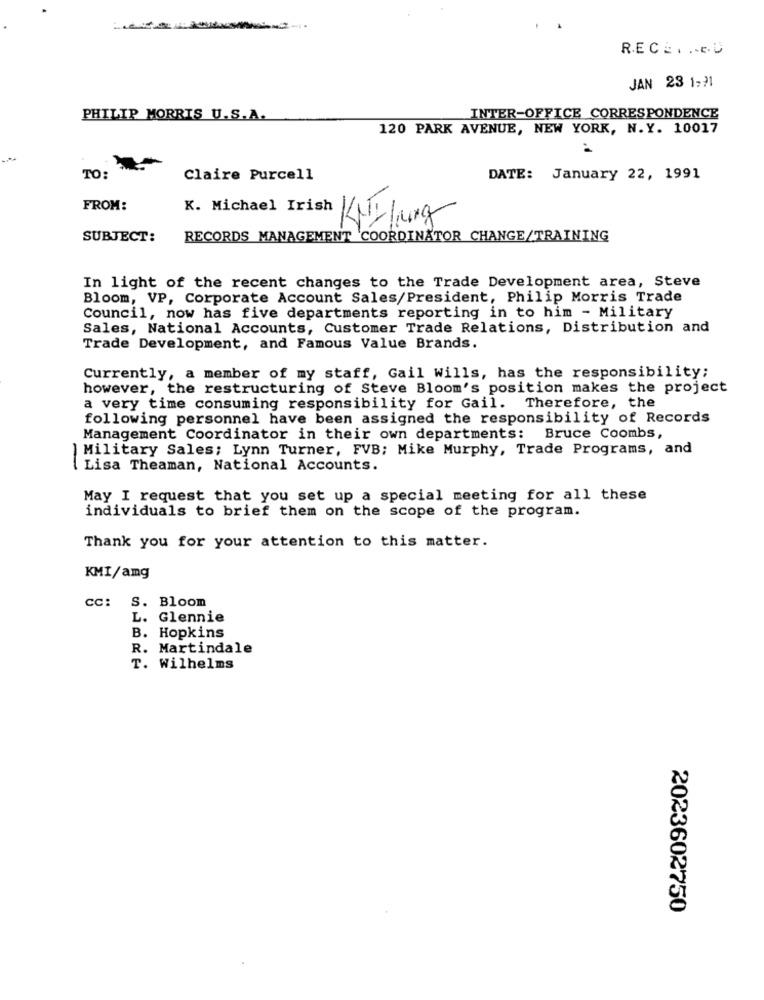
RE C . . . . . U.
JAN 23 1 -? 1
PHILIP MORRIS U.S.A.
INTER-OFFICE CORRESPONDENCE
120 PARK AVENUE, NEW YORK, N. Y. 10017
TO:
Claire Purcell
DATE: January 22, 1991
FROM:
K. Michael Irish KNIlung
SUBJECT:
RECORDS MANAGEMENT COORDINATOR CHANGE/TRAINING
In light of the recent changes to the Trade Development area, Steve
Bloom, VP, Corporate Account Sales/President, Philip Morris Trade
Council, now has five departments reporting in to him - Military
Sales, National Accounts, Customer Trade Relations, Distribution and
Trade Development, and Famous Value Brands.
Currently, a member of my staff, Gail Wills, has the responsibility;
however, the restructuring of Steve Bloom's position makes the project
a very time consuming responsibility for Gail. Therefore, the
following personnel have been assigned the responsibility of Records
Management Coordinator in their own departments: Bruce Coombs,
| Military Sales; Lynn Turner, FVB; Mike Murphy, Trade Programs, and
Lisa Theaman, National Accounts.
May I request that you set up a special meeting for all these
individuals to brief them on the scope of the program.
Thank you for your attention to this matter.
KMI/amg
cc: S. Bloom
L. Glennie
B. Hopkins
R. Martindale
T. Wilhelms
2023602750